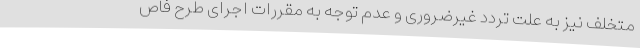
متخلف نیز به علت تردد غیرضروری و عدم توجه به مقررات اجرای طرح فاص